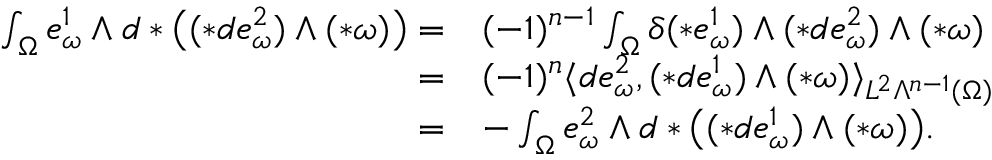
\begin{array} { r l } { \int _ { \Omega } e _ { \omega } ^ { 1 } \wedge d \ast \big ( ( \ast d e _ { \omega } ^ { 2 } ) \wedge ( \ast \omega ) \big ) = } & { ( - 1 ) ^ { n - 1 } \int _ { \Omega } \delta ( \ast e _ { \omega } ^ { 1 } ) \wedge ( \ast d e _ { \omega } ^ { 2 } ) \wedge ( \ast \omega ) } \\ { = } & { ( - 1 ) ^ { n } \langle d e _ { \omega } ^ { 2 } , ( \ast d e _ { \omega } ^ { 1 } ) \wedge ( \ast \omega ) \rangle _ { L ^ { 2 } \Lambda ^ { n - 1 } ( \Omega ) } } \\ { = } & { - \int _ { \Omega } e _ { \omega } ^ { 2 } \wedge d \ast \big ( ( \ast d e _ { \omega } ^ { 1 } ) \wedge ( \ast \omega ) \big ) . } \end{array}